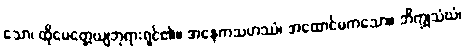
သော၊ ထိုမေတ္တေယျဘုရားရှင်၏။ အနေကသဟဿံ၊ အထောင်မကသော။ ဘိက္ခုသံဃံ၊